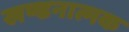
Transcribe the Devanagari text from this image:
खण्डनात्मक